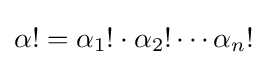
\alpha !=\alpha _{1}!\cdot \alpha _{2}!\cdots \alpha _{n}!